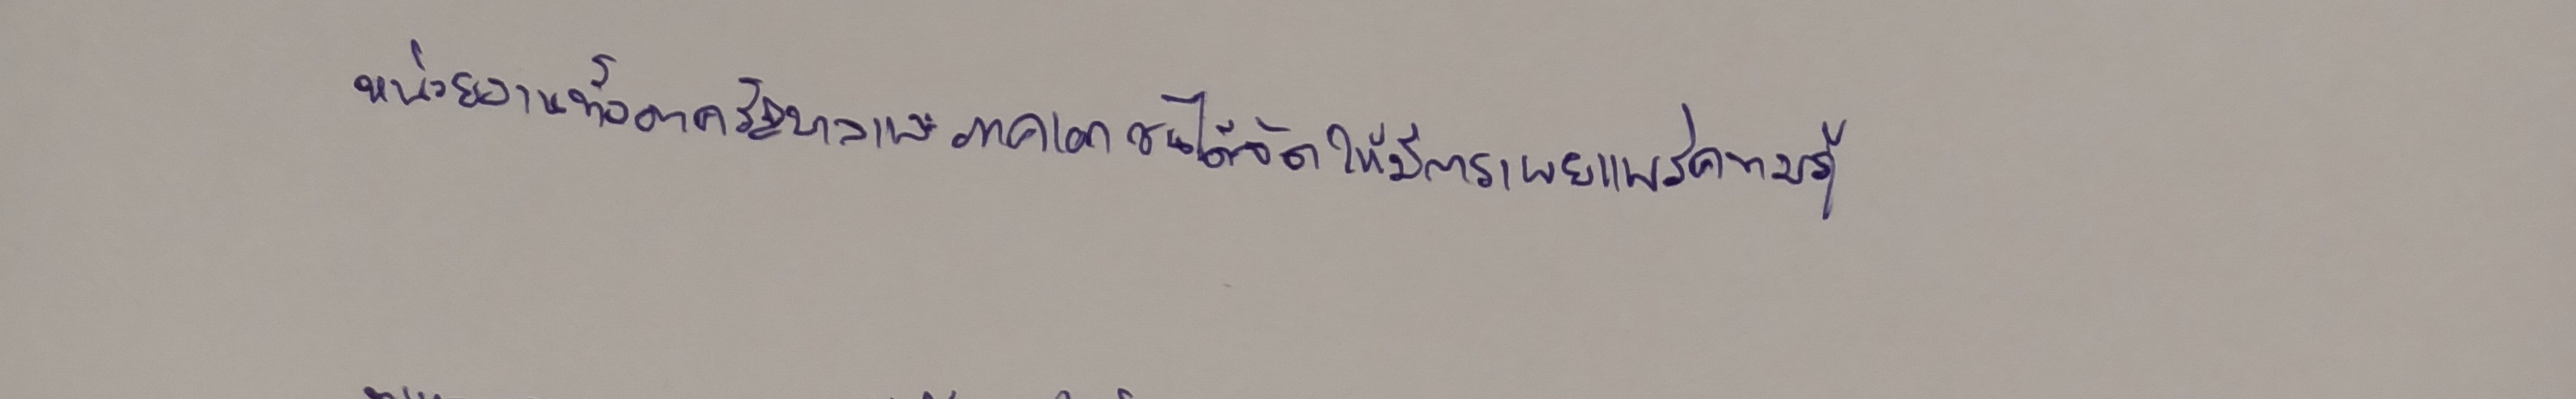
หน่วยงานทั้งภาครัฐบาลและภาคเอกชนได้จัดให้มีการเผยแพร่ความรู้